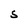
Character: S